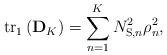
LaTeX: \begin{align*} {\rm{t}}{{\rm{r}}_1}\left( {{{\bf{D}}_{K}}} \right) = \sum\limits_{n = 1}^{K} {N_{{\rm{S,}}n}^2\rho _n^2} ,\end{align*}